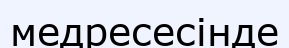
медресесінде